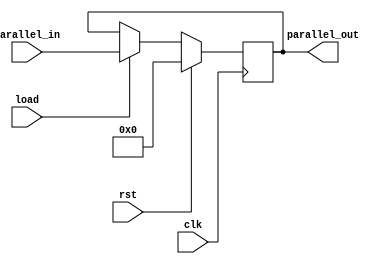
module pipo (
    input clk,        
    input rst,        
    input load,      
    input [3:0] parallel_in,  
    output [3:0] parallel_out 
);

    reg [3:0] reg_data;

    always @(posedge clk) begin
        if (rst) begin
            reg_data <= 4'b0000;
        end else if (load) begin
            reg_data <= parallel_in;
        end
    end

    assign parallel_out = reg_data;

endmodule